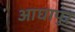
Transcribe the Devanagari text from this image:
आघापुर